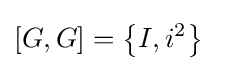
[G,G]=\left\{I,i^{2}\right\}~